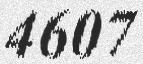
4607